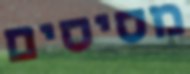
מסיסים